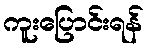
ကူးပြောင်းရန်